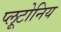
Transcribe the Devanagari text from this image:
प्लूटोनिय